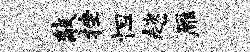
敲挫怛趑雁